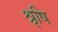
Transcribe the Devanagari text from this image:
श्रृषि